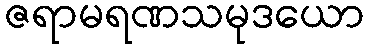
ဇရာမရဏသမုဒယော